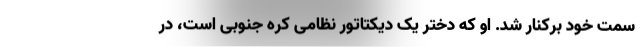
سمت خود برکنار شد. او که دختر یک دیکتاتور نظامی کره جنوبی است، در